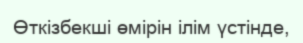
Өткізбекші өмірін ілім үстінде,